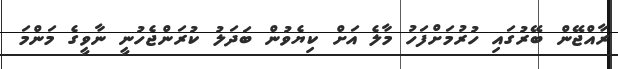
ރާއްޖޭން ބޭރުގައި ހުރުމަށްފަހު މާލެ އަށް ކިޔެވުން ބަދަލު ކުރަންޖެހުނީ ނާވީގެ މަންމަ